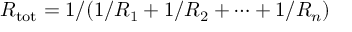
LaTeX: R _ { \mathrm { t o t } } = 1 / ( 1 / R _ { 1 } + 1 / R _ { 2 } + \cdots + 1 / R _ { n } )